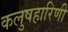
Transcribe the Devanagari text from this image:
कलुषहारिणी